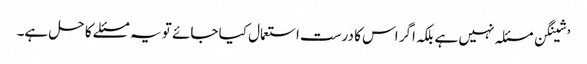
’شینگن مسئلہ نہیں ہے بلکہ اگر اس کا درست استعمال کیا جائے تو یہ مسئلے کا حل ہے۔